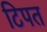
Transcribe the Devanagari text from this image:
टिपत